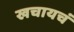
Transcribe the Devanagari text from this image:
खचायचं